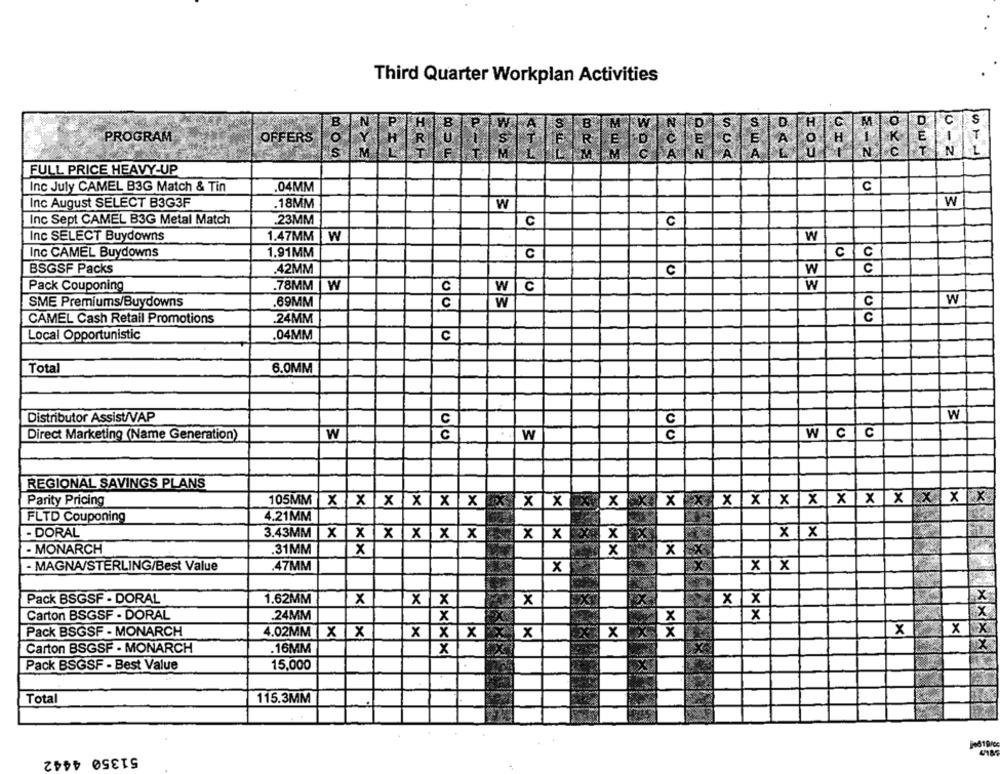
Third Quarter Workplan Activities
A
D
S
D
H
O
C
S
PROGRAM
OFFERS
E
O
K
E
1
T
$
R
R
N
A
C
N
E-Z
FULL PRICE HEAVY-UP
C
Inc July CAMEL B3G Match & Tin
.04MM
W
Inc August SELECT B3G3F
.18MM
W
Inc Sept CAMEL B3G Metal Match
.23MM
C
C
Inc SELECT Buydowns
1.47MM
W
W
Inc CAMEL Buydowns
1.91MM
C
C/C
BSGSF Packs
.42MM
C
W
c
Pack Couponing
.78MM
W
W
w
0
SME Premiums/Buydowns
.69MM
W
W
00
CAMEL Cash Retail Promotions
.24MM
C
Local Opportunistic
.04MM
c
Total
6.0MM
Distributor Assist/VAP
W
C
W CC
Direct Marketing (Name Generation)
W
C
W
00
REGIONAL SAVINGS PLANS
Parity Pricing
105MM
X X X X X X
R3XX
x
×
X X
x
X X
XX XXX
FLTD Couponing
4.21MM
- DORAL
3.43MM
X X X X X X
x
x
X X
- MONARCH
.31MM
X
X
Xx
X X
x X
- MAGNA/STERLING/Best Value
.47MM
x
Pack BSGSF - DORAL
1.62MM
X
X X
x
XX
Carton BSGSF - DORAL
24MM
x
X
x
Pack BSGSF - MONARCH
4.02MM
X X
X X X
x
X
XX
Carton BSGSF - MONARCH
.16MM
x
15,000
Pack BSGSF - Best Value
Total
115.3MM
51350 4442